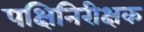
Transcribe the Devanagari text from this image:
पक्षिनिरीक्षक